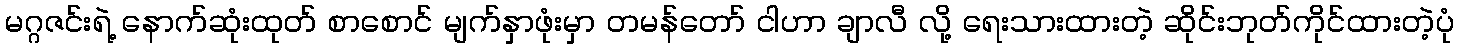
မဂ္ဂဇင်းရဲ့ နောက်ဆုံးထုတ် စာစောင် မျက်နှာဖုံးမှာ တမန်တော် ငါဟာ ချာလီ လို့ ရေးသားထားတဲ့ ဆိုင်းဘုတ်ကိုင်ထားတဲ့ပုံ